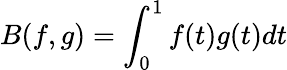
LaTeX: B(f,g)=\int_{0}^{1}f(t)g(t)dt